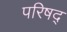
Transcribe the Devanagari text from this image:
परिषद्‍